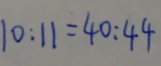
1 0 : 1 1 = 4 0 : 4 4